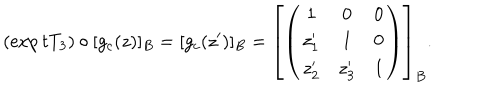
LaTeX: ( \exp t T _ { 3 } ) \circ [ g _ { c } ( z ) ] _ { B } = [ g _ { c } ( z ^ { \prime } ) ] _ { B } = \left[ \left( \begin{array} { c c c } { { 1 } } & { { 0 } } & { { 0 } } \\ { { z _ { 1 } ^ { \prime } } } & { { 1 } } & { { 0 } } \\ { { z _ { 2 } ^ { \prime } } } & { { z _ { 3 } ^ { \prime } } } & { { 1 } } \\ \end{array} \right) \right] _ { B } .